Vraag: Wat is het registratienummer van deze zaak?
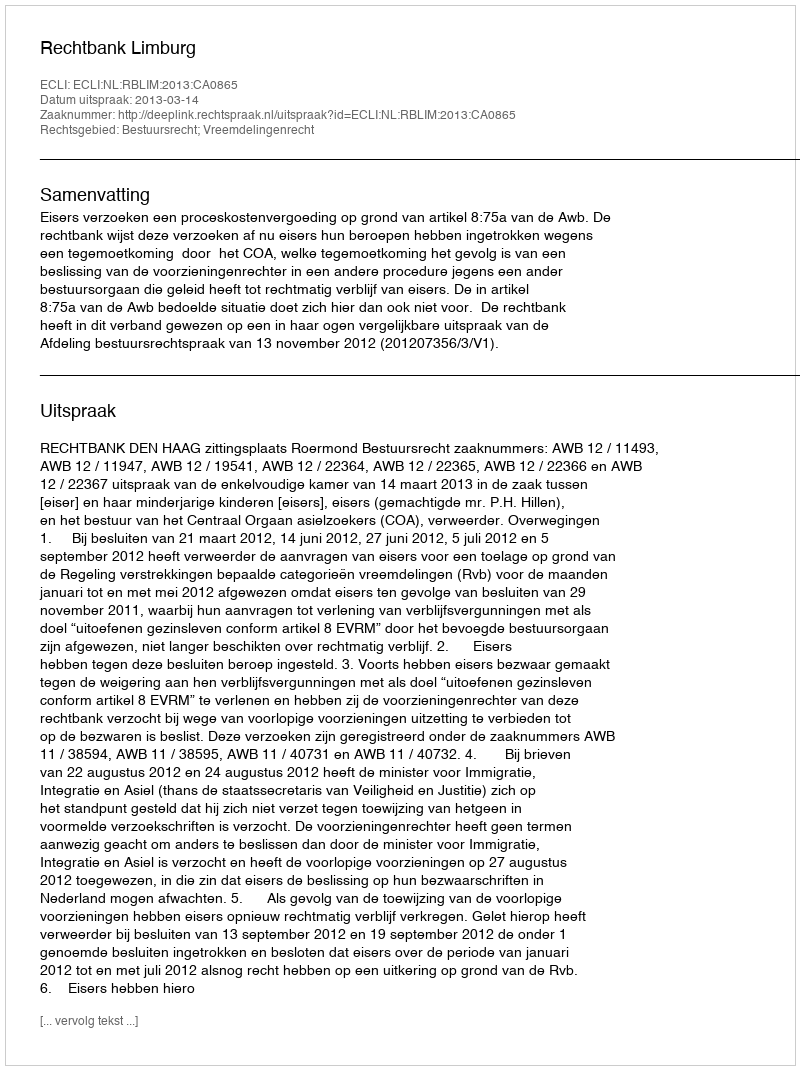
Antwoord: http://deeplink.rechtspraak.nl/uitspraak?id=ECLI:NL:RBLIM:2013:CA0865